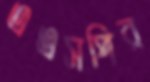
এএসপির